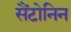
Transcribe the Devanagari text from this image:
सैंटोनिन